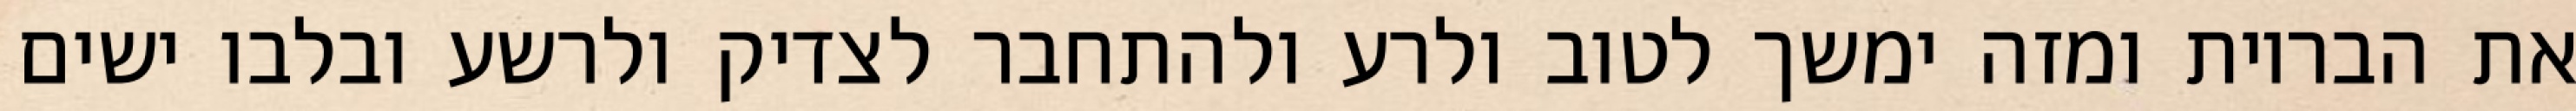
את הבריות ומזה ימשך לטוב ולרע ולהתחבר לצדיק ולרשע ובלבו ישים